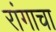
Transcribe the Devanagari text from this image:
रांगाचा